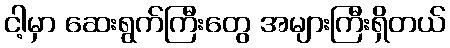
ငါ့မှာ ဆေးရွက်ကြီးတွေ အများကြီးရှိတယ်